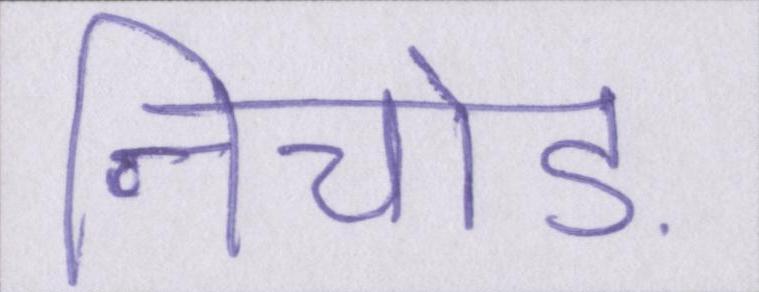
निचोड़